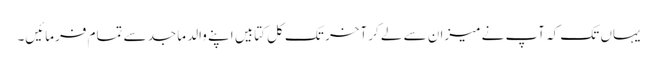
یہاں تک کہ آپ نے میزان سے لے کر آخر تک کل کتابیں اپنے والد ماجد سے تمام فرمائیں۔